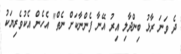
ދެ ވަނަ ރާޅު ބިންދާލި އިރު އޭނާ ފެންނާކަށް ނެތް" އެހެން އެކުވެރިޔަކު